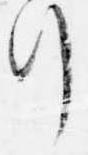
行